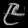
Digit: ၉